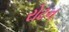
રોટન